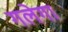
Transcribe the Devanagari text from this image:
गलेगा